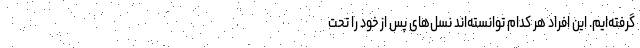
گرفته‌ایم. این افراد هر کدام توانسته‌اند نسل‌های پس از خود را تحت